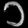
Digit: ၁